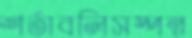
শর্তাবলিসম্পন্ন